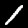
Label: 1